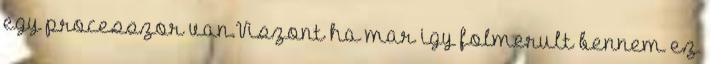
egy processzor van.Viszont ha mar igy folmerult bennem ez